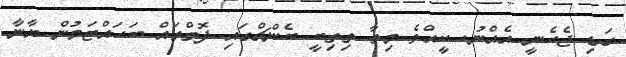
ގަޑި ޖެހެނީ އެއްނު. ކީއްވެ މިތާ ތިތިބީ ބެންޗްގައި ފޮތްތައް ބަހައްޓަމުން ޔާނާ